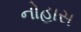
નોહાસ